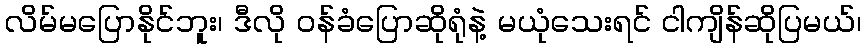
လိမ်မပြောနိုင်ဘူး၊ ဒီလို ဝန်ခံပြောဆိုရုံနဲ့ မယုံသေးရင် ငါကျိန်ဆိုပြမယ်၊